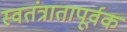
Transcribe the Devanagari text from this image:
स्वतंत्रातापूर्वक